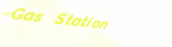
Gas Station